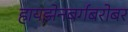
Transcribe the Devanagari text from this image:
हायझेनबर्गबरोबर